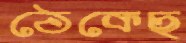
ঠেকেছ